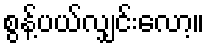
စွန့်ပယ်လျှင်းလော့။